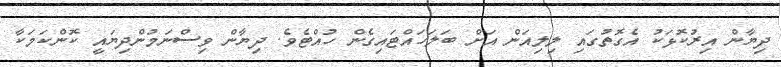
ދިޔާން އިރުކޮޅަކު އެގޮތުގައި ލިލިއަން އަށް ބަލަހައްޓައިގެން ހުއްޓެވެ. ދިޔާން ވިސްނަމުންދިޔައީ ކޮންކަމަކާ